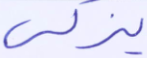
يزكي